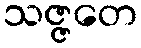
သဇ္ဇတေ